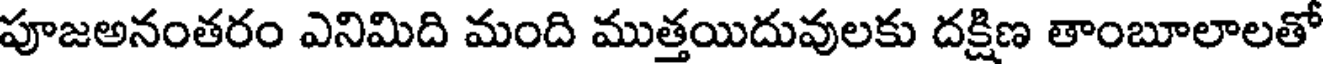
పూజఅనంతరం ఎనిమిది మంది ముత్తయిదువులకు దక్షిణ తాంబూలాలతో